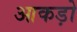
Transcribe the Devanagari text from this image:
आकड़ो